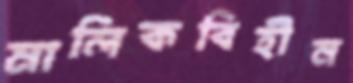
মালিকবিহীন